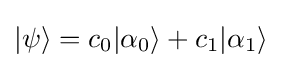
|\psi \rangle =c_{0}|\alpha _{0}\rangle +c_{1}|\alpha _{1}\rangle